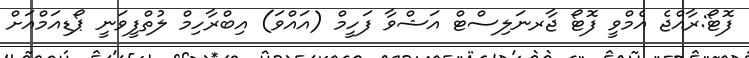
ފޮޓޯ:ރާއްޖެ އެމްވީ ފޮޓޯ ޖާރނަލިސްޓް އަޝްވާ ފަހީމް (އައްވަ) އިބްރާހިމް ލުތްފީވަނީ ޕޯޑިއަމްއަށް